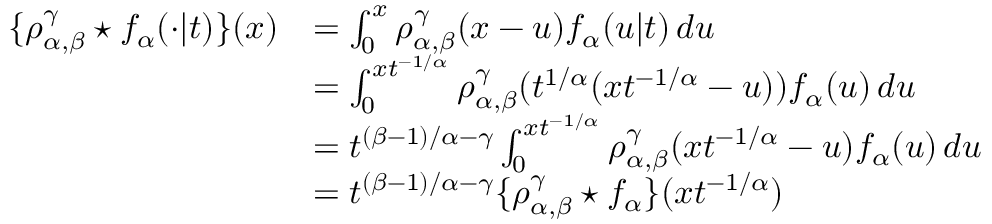
\begin{array} { r l } { \{ \rho _ { \alpha , \beta } ^ { \gamma } \star f _ { \alpha } ( \cdot \vert t ) \} ( x ) } & { = \int _ { 0 } ^ { x } \rho _ { \alpha , \beta } ^ { \gamma } ( x - u ) f _ { \alpha } ( u \vert t ) \, d u } \\ & { = \int _ { 0 } ^ { x t ^ { - 1 / \alpha } } \rho _ { \alpha , \beta } ^ { \gamma } ( t ^ { 1 / \alpha } ( x t ^ { - 1 / \alpha } - u ) ) f _ { \alpha } ( u ) \, d u } \\ & { = t ^ { ( \beta - 1 ) / \alpha - \gamma } \int _ { 0 } ^ { x t ^ { - 1 / \alpha } } \rho _ { \alpha , \beta } ^ { \gamma } ( x t ^ { - 1 / \alpha } - u ) f _ { \alpha } ( u ) \, d u } \\ & { = t ^ { ( \beta - 1 ) / \alpha - \gamma } \{ \rho _ { \alpha , \beta } ^ { \gamma } \star f _ { \alpha } \} ( x t ^ { - 1 / \alpha } ) } \end{array}